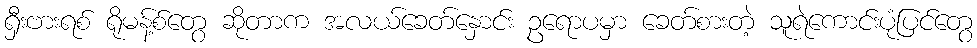
ရှီးဗားရစ် ရိုမန့်စ်တွေ ဆိုတာက အလယ်ခေတ်နှောင်း ဥရောပမှာ ခေတ်စားတဲ့ သူရဲကောင်းပုံပြင်တွေ